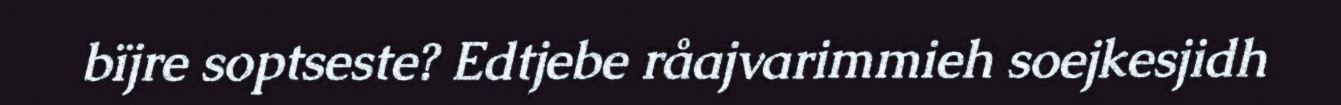
bïjre soptseste? Edtjebe råajvarimmieh soejkesjidh